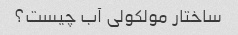
ساختار مولکولی آب چیست؟